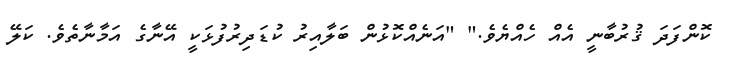
ކޮންފަދަ ޤުރުބާނީ އެއް ހެއްޔެވެ." "އަނެއްކޮޅުން ބަލާއިރު ކުޑަދިރުފުޅަކީ އޭނާގެ އަމާނާތެވެ. ކަލޭ